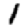
Digit: 1